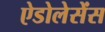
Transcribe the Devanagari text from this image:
ऐडोलेसेंस